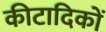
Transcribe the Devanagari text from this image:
कीटादिकों